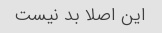
این اصلا بد نیست